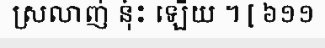
ស្រលាញ់ នុ៎ះ ឡើយ ។ [ ៦១១